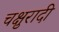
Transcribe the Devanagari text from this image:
चक्षुरादी